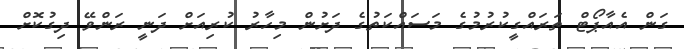
ގަން އެއާޕޯޓް ތަރައްގީކުރުމުގެ މަސައްކަތުގެ ދަށުން މިހާރު ކުރިއަށް ދަނީ ރަންވޭ ދިގުކޮށް